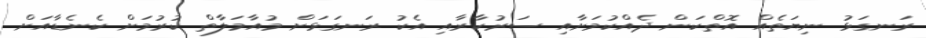
ރަނގަޅު ނިޔަތެއް އޮތްކަން ދެއްކުމަށާއި ސަރުކާރާއި އެކު ރަނގަޅަށް މުއާމަލާތް ކުރުމަށް ކެނެޑާއަށް